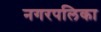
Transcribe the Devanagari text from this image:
नगरपलिका